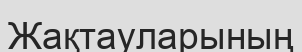
Жақтауларының